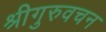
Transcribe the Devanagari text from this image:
श्रीगुरुवचन